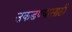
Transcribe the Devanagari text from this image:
उकडण्यासाठी